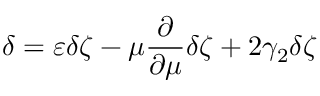
\delta = \varepsilon \delta \zeta - \mu \frac { \partial } { \partial \mu } \delta \zeta + 2 \gamma _ { 2 } \delta \zeta